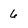
Character: 6